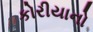
કોરીયાનો